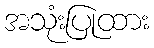
အသုံးပြုထား